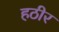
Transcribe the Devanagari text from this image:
हठीर